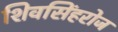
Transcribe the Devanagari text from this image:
शिवसिंहरोज